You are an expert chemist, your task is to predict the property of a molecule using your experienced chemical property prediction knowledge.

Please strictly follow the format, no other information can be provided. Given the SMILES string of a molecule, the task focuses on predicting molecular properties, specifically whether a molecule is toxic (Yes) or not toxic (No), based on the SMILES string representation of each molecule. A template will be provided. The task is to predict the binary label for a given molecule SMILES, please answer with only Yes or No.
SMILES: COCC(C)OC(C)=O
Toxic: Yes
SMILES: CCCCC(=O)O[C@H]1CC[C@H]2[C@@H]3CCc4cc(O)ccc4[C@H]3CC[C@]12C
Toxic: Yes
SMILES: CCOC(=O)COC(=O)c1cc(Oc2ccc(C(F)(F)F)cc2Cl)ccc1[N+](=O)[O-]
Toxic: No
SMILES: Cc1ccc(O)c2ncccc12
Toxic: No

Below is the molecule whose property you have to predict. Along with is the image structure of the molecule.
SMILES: CN/C(=N\c1ccc(C2=NNC(=O)CC2C)cc1)NC#N
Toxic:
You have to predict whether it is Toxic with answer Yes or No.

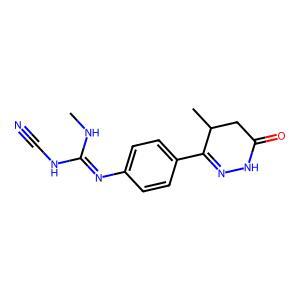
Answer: No